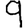
Digit: 9